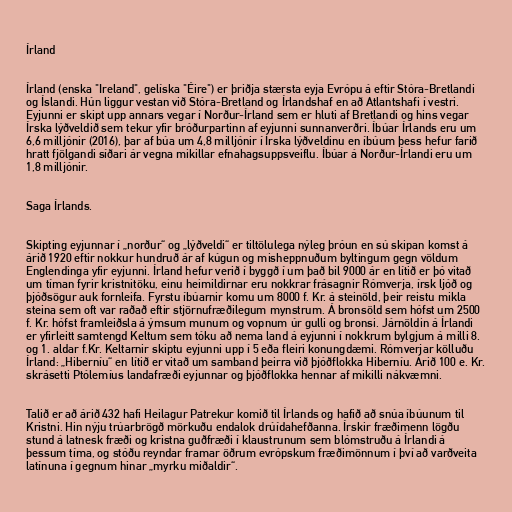
Írland

Írland (enska "Ireland", gelíska "Éire") er þriðja stærsta eyja Evrópu á eftir Stóra-Bretlandi
og Íslandi. Hún liggur vestan við Stóra-Bretland og Írlandshaf en að Atlantshafi í vestri.
Eyjunni er skipt upp annars vegar í Norður-Írland sem er hluti af Bretlandi og hins vegar
Írska lýðveldið sem tekur yfir bróðurpartinn af eyjunni sunnanverðri. Íbúar Írlands eru um
6,6 milljónir (2016), þar af búa um 4,8 milljónir í Írska lýðveldinu en íbúum þess hefur farið
hratt fjölgandi síðari ár vegna mikillar efnahagsuppsveiflu. Íbúar á Norður-Írlandi eru um
1,8 milljónir.

Saga Írlands.

Skipting eyjunnar í „norður“ og „lýðveldi“ er tiltölulega nýleg þróun en sú skipan komst á
árið 1920 eftir nokkur hundruð ár af kúgun og misheppnuðum byltingum gegn völdum
Englendinga yfir eyjunni. Írland hefur verið í byggð í um það bil 9000 ár en lítið er þó vitað
um tíman fyrir kristnitöku, einu heimildirnar eru nokkrar frásagnir Rómverja, írsk ljóð og
þjóðsögur auk fornleifa. Fyrstu íbúarnir komu um 8000 f. Kr. á steinöld, þeir reistu mikla
steina sem oft var raðað eftir stjörnufræðilegum mynstrum. Á bronsöld sem hófst um 2500
f. Kr. hófst framleiðsla á ýmsum munum og vopnum úr gulli og bronsi. Járnöldin á Írlandi
er yfirleitt samtengd Keltum sem tóku að nema land á eyjunni í nokkrum bylgjum á milli 8.
og 1. aldar f.Kr. Keltarnir skiptu eyjunni upp í 5 eða fleiri konungdæmi. Rómverjar kölluðu
Írland: „Hiberníu“ en lítið er vitað um samband þeirra við þjóðflokka Hiberníu. Árið 100 e. Kr.
skrásetti Ptólemíus landafræði eyjunnar og þjóðflokka hennar af mikilli nákvæmni.

Talið er að árið 432 hafi Heilagur Patrekur komið til Írlands og hafið að snúa íbúunum til
Kristni. Hin nýju trúarbrögð mörkuðu endalok drúídahefðanna. Írskir fræðimenn lögðu
stund á latnesk fræði og kristna guðfræði í klaustrunum sem blómstruðu á Írlandi á
þessum tíma, og stóðu reyndar framar öðrum evrópskum fræðimönnum í því að varðveita
latínuna í gegnum hinar „myrku miðaldir“.